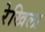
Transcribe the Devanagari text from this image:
रेखिला